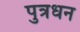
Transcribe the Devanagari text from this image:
पुत्रधन